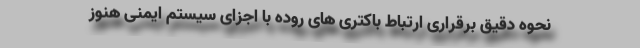
نحوه دقیق برقراری ارتباط باکتری های روده با اجزای سیستم ایمنی هنوز